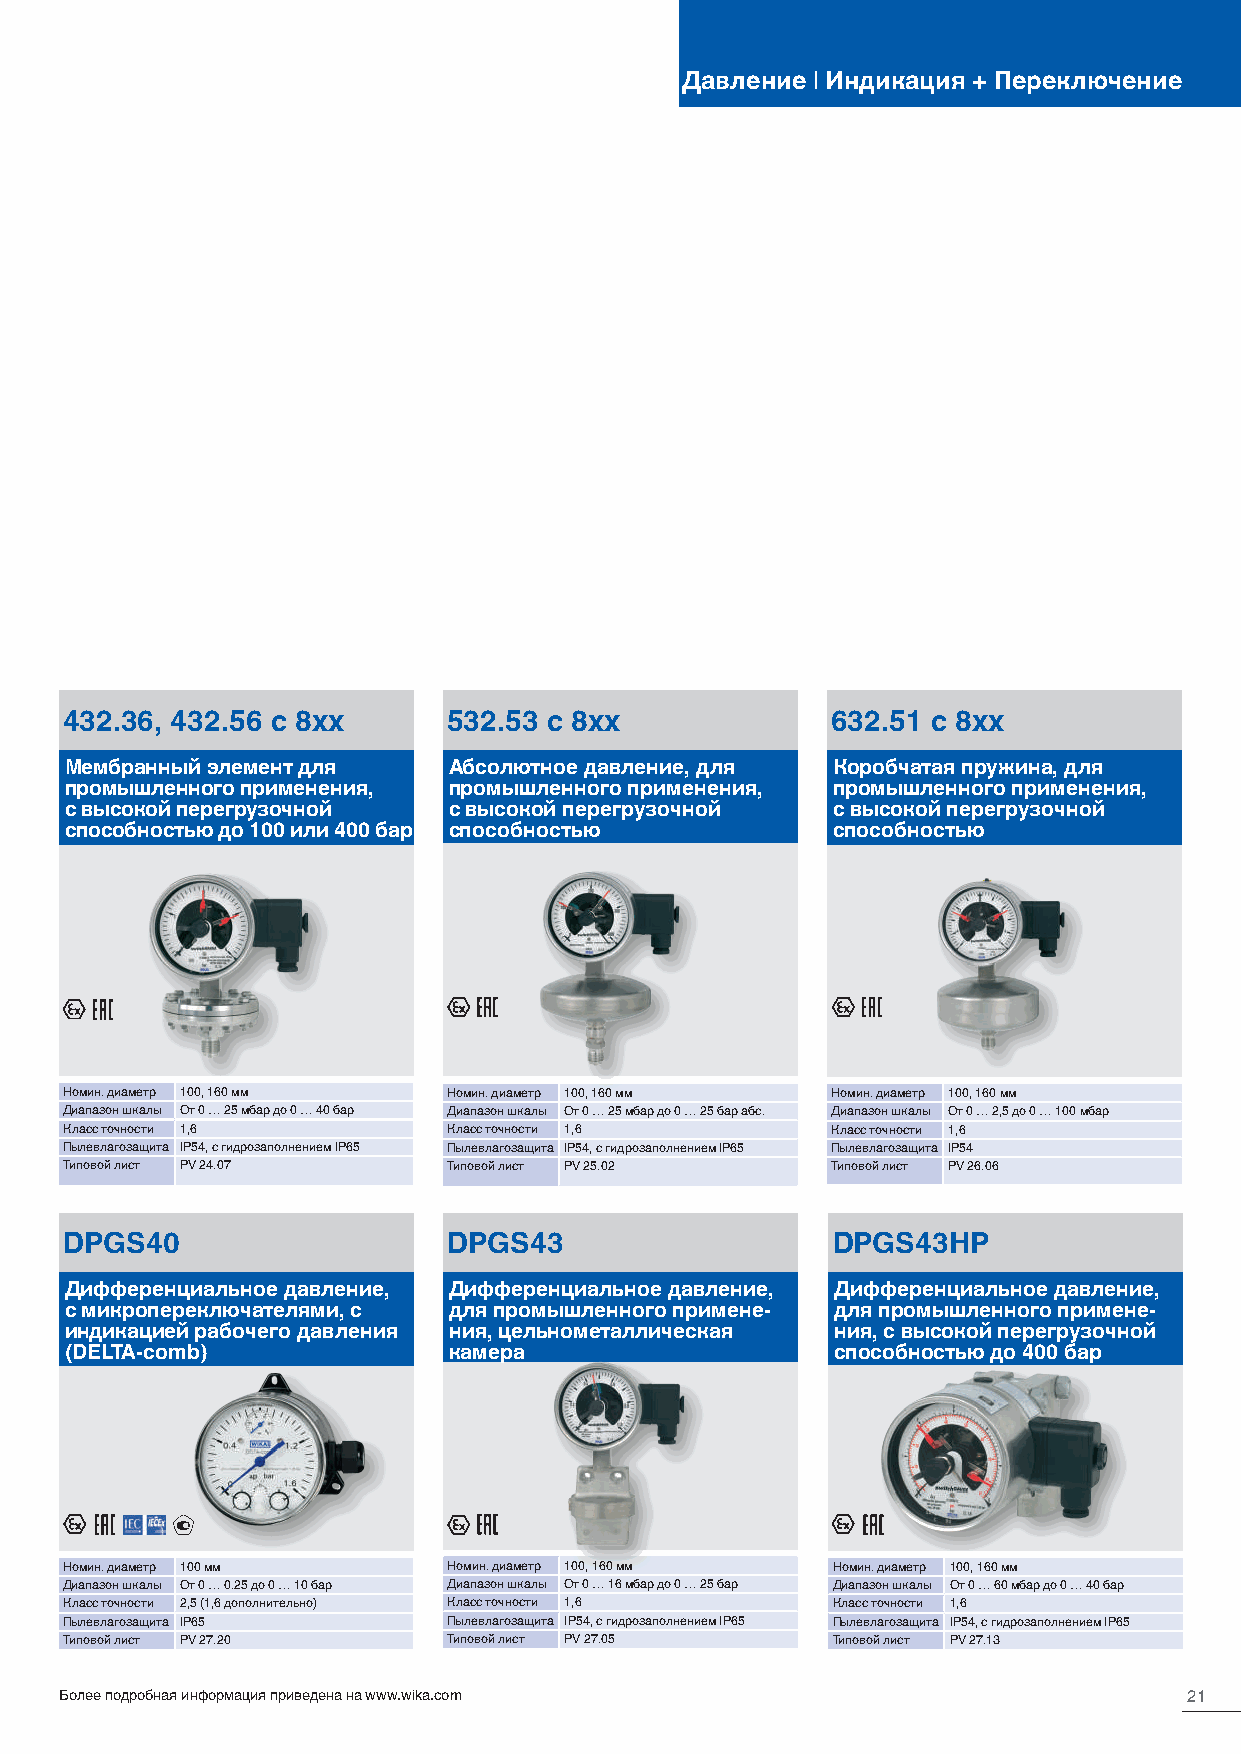
Давление | Индикация + Переключение
 432.36, 432.56 с 8xx      532.53 с 8xx             632.51 с 8xx
 Мембранный элемент для    Абсолютное давление, для Коробчатая пружина, для
 промышленного применения, промышленного применения, промышленного применения,
 с высокой перегрузочной   с высокой перегрузочной  с высокой перегрузочной
 способностью до 100 или 400 бар способностью       способностью
 Номин. диаметр 100, 160 мм Номин. диаметр 100, 160 мм Номин. диаметр 100, 160 мм
 Диапазон шкалы От 0 … 25 мбар до 0 … 40 бар Диапазон шкалы От 0 … 25 мбар до 0 … 25 бар абс. Диапазон шкалы От 0 … 2,5 до 0 … 100 мбар
 Класс точности 1,6        Класс точности 1,6       Класс точности 1,6
 Пылевлагозащита IP54, с гидрозаполнением IP65 Пылевлагозащита IP54, с гидрозаполнением IP65 Пылевлагозащита IP54
 Типовой лист PV 24.07     Типовой лист PV 25.02    Типовой лист PV 26.06
 DPGS40                    DPGS43                   DPGS43HP
 Дифференциальное давление, Дифференциальное давление, Дифференциальное давление,
 с микропереключателями, с для промышленного примене- для промышленного примене-
 индикацией рабочего давления ния, цельнометаллическая ния, с высокой перегрузочной
 (DELTA-comb)              камера                   способностью до 400 бар
 Номин. диаметр 100 мм     Номин. диаметр 100, 160 мм Номин. диаметр 100, 160 мм
 Диапазон шкалы От 0 … 0.25 до 0 … 10 бар Диапазон шкалы От 0 … 16 мбар до 0 … 25 бар Диапазон шкалы От 0 … 60 мбар до 0 … 40 бар
 Класс точности 2,5 (1,6 дополнительно) Класс точности 1,6 Класс точности 1,6
 Пылевлагозащита IP65      Пылевлагозащита IP54, с гидрозаполнением IP65 Пылевлагозащита IP54, с гидрозаполнением IP65
 Типовой лист PV 27.20     Типовой лист PV 27.05    Типовой лист PV 27.13
 Более подробная информация приведена на www.wika.com                       21